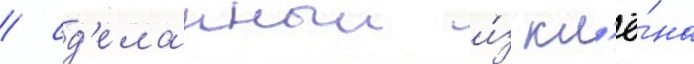
/ сд'еланныи и́з кл'ё́на